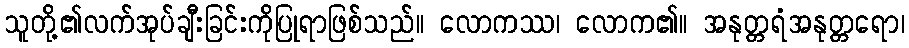
သူတို့၏လက်အုပ်ချီးခြင်းကိုပြုရာဖြစ်သည်။ လောကဿ၊ လောက၏။ အနုတ္တရံအနုတ္တရော၊